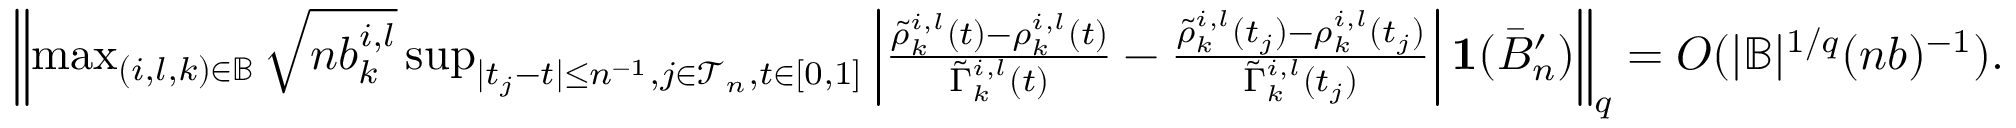
\begin{array} { r } { \left\| \operatorname* { m a x } _ { ( i , l , k ) \in \mathbb { B } } \sqrt { n b _ { k } ^ { i , l } } \operatorname* { s u p } _ { | t _ { j } - t | \leq n ^ { - 1 } , j \in \mathcal { T } _ { n } , t \in [ 0 , 1 ] } \left| \frac { \tilde { \rho } _ { k } ^ { i , l } ( t ) - \rho _ { k } ^ { i , l } ( t ) } { \tilde { \Gamma } _ { k } ^ { i , l } ( t ) } - \frac { \tilde { \rho } _ { k } ^ { i , l } ( t _ { j } ) - \rho _ { k } ^ { i , l } ( t _ { j } ) } { \tilde { \Gamma } _ { k } ^ { i , l } ( t _ { j } ) } \right| \mathbf 1 ( \bar { B } _ { n } ^ { \prime } ) \right\| _ { q } = O ( | \mathbb { B } | ^ { 1 / q } ( n b ) ^ { - 1 } ) . } \end{array}